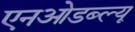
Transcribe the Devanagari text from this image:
एनओडब्ल्यू